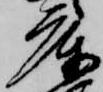
庫